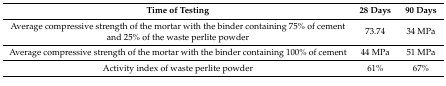
<table><thead><tr><td><b>Time of Testing</b></td><td><b>28 Days</b></td><td><b>90 Days</b></td></tr></thead><tbody><tr><td>Average compressive strength of the mortar with the binder containing 75% of cement and 25% of the waste perlite powder</td><td>73.74</td><td>34 MPa</td></tr><tr><td>Average compressive strength of the mortar with the binder containing 100% of cement</td><td>44 MPa</td><td>51 MPa</td></tr><tr><td>Activity index of waste perlite powder</td><td>61%</td><td>67%</td></tr></tbody></table>